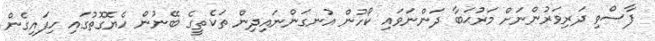
ފާސްވި ދަރިވަރުންނަށް މަރުޙަބާ ދަންނަވައި ކޯހުން އުނގަންނައިދިން ތަކެތީގެ ބޭނުން ހެޔޮގޮތުގައި ހިފައިގެން